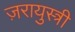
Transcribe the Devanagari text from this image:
ज़रायुस्त्री